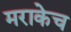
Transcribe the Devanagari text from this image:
मराकेच